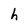
Character: h